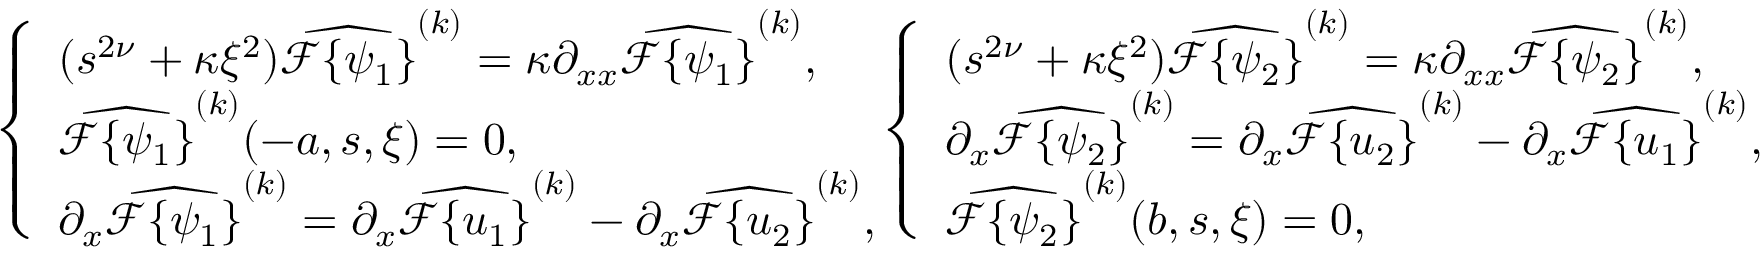
\begin{array} { r c l l } { \left\{ \begin{array} { l l } { ( s ^ { 2 \nu } + \kappa \xi ^ { 2 } ) \widehat { \mathcal { F } \{ \psi _ { 1 } \} } ^ { ( k ) } = \kappa \partial _ { x x } \widehat { \mathcal { F } \{ \psi _ { 1 } \} } ^ { ( k ) } , } \\ { \widehat { \mathcal { F } \{ \psi _ { 1 } \} } ^ { ( k ) } ( - a , s , \xi ) = 0 , } \\ { \partial _ { x } \widehat { \mathcal { F } \{ \psi _ { 1 } \} } ^ { ( k ) } = \partial _ { x } \widehat { \mathcal { F } \{ u _ { 1 } \} } ^ { ( k ) } - \partial _ { x } \widehat { \mathcal { F } \{ u _ { 2 } \} } ^ { ( k ) } , } \end{array} \right. } \end{array} \! \! \! \! \! \! \! \! \! \begin{array} { r c l l } { \left\{ \begin{array} { l l } { ( s ^ { 2 \nu } + \kappa \xi ^ { 2 } ) \widehat { \mathcal { F } \{ \psi _ { 2 } \} } ^ { ( k ) } = \kappa \partial _ { x x } \widehat { \mathcal { F } \{ \psi _ { 2 } \} } ^ { ( k ) } , } \\ { \partial _ { x } \widehat { \mathcal { F } \{ \psi _ { 2 } \} } ^ { ( k ) } = \partial _ { x } \widehat { \mathcal { F } \{ u _ { 2 } \} } ^ { ( k ) } - \partial _ { x } \widehat { \mathcal { F } \{ u _ { 1 } \} } ^ { ( k ) } , } \\ { \widehat { \mathcal { F } \{ \psi _ { 2 } \} } ^ { ( k ) } ( b , s , \xi ) = 0 , } \end{array} \right. } \end{array}